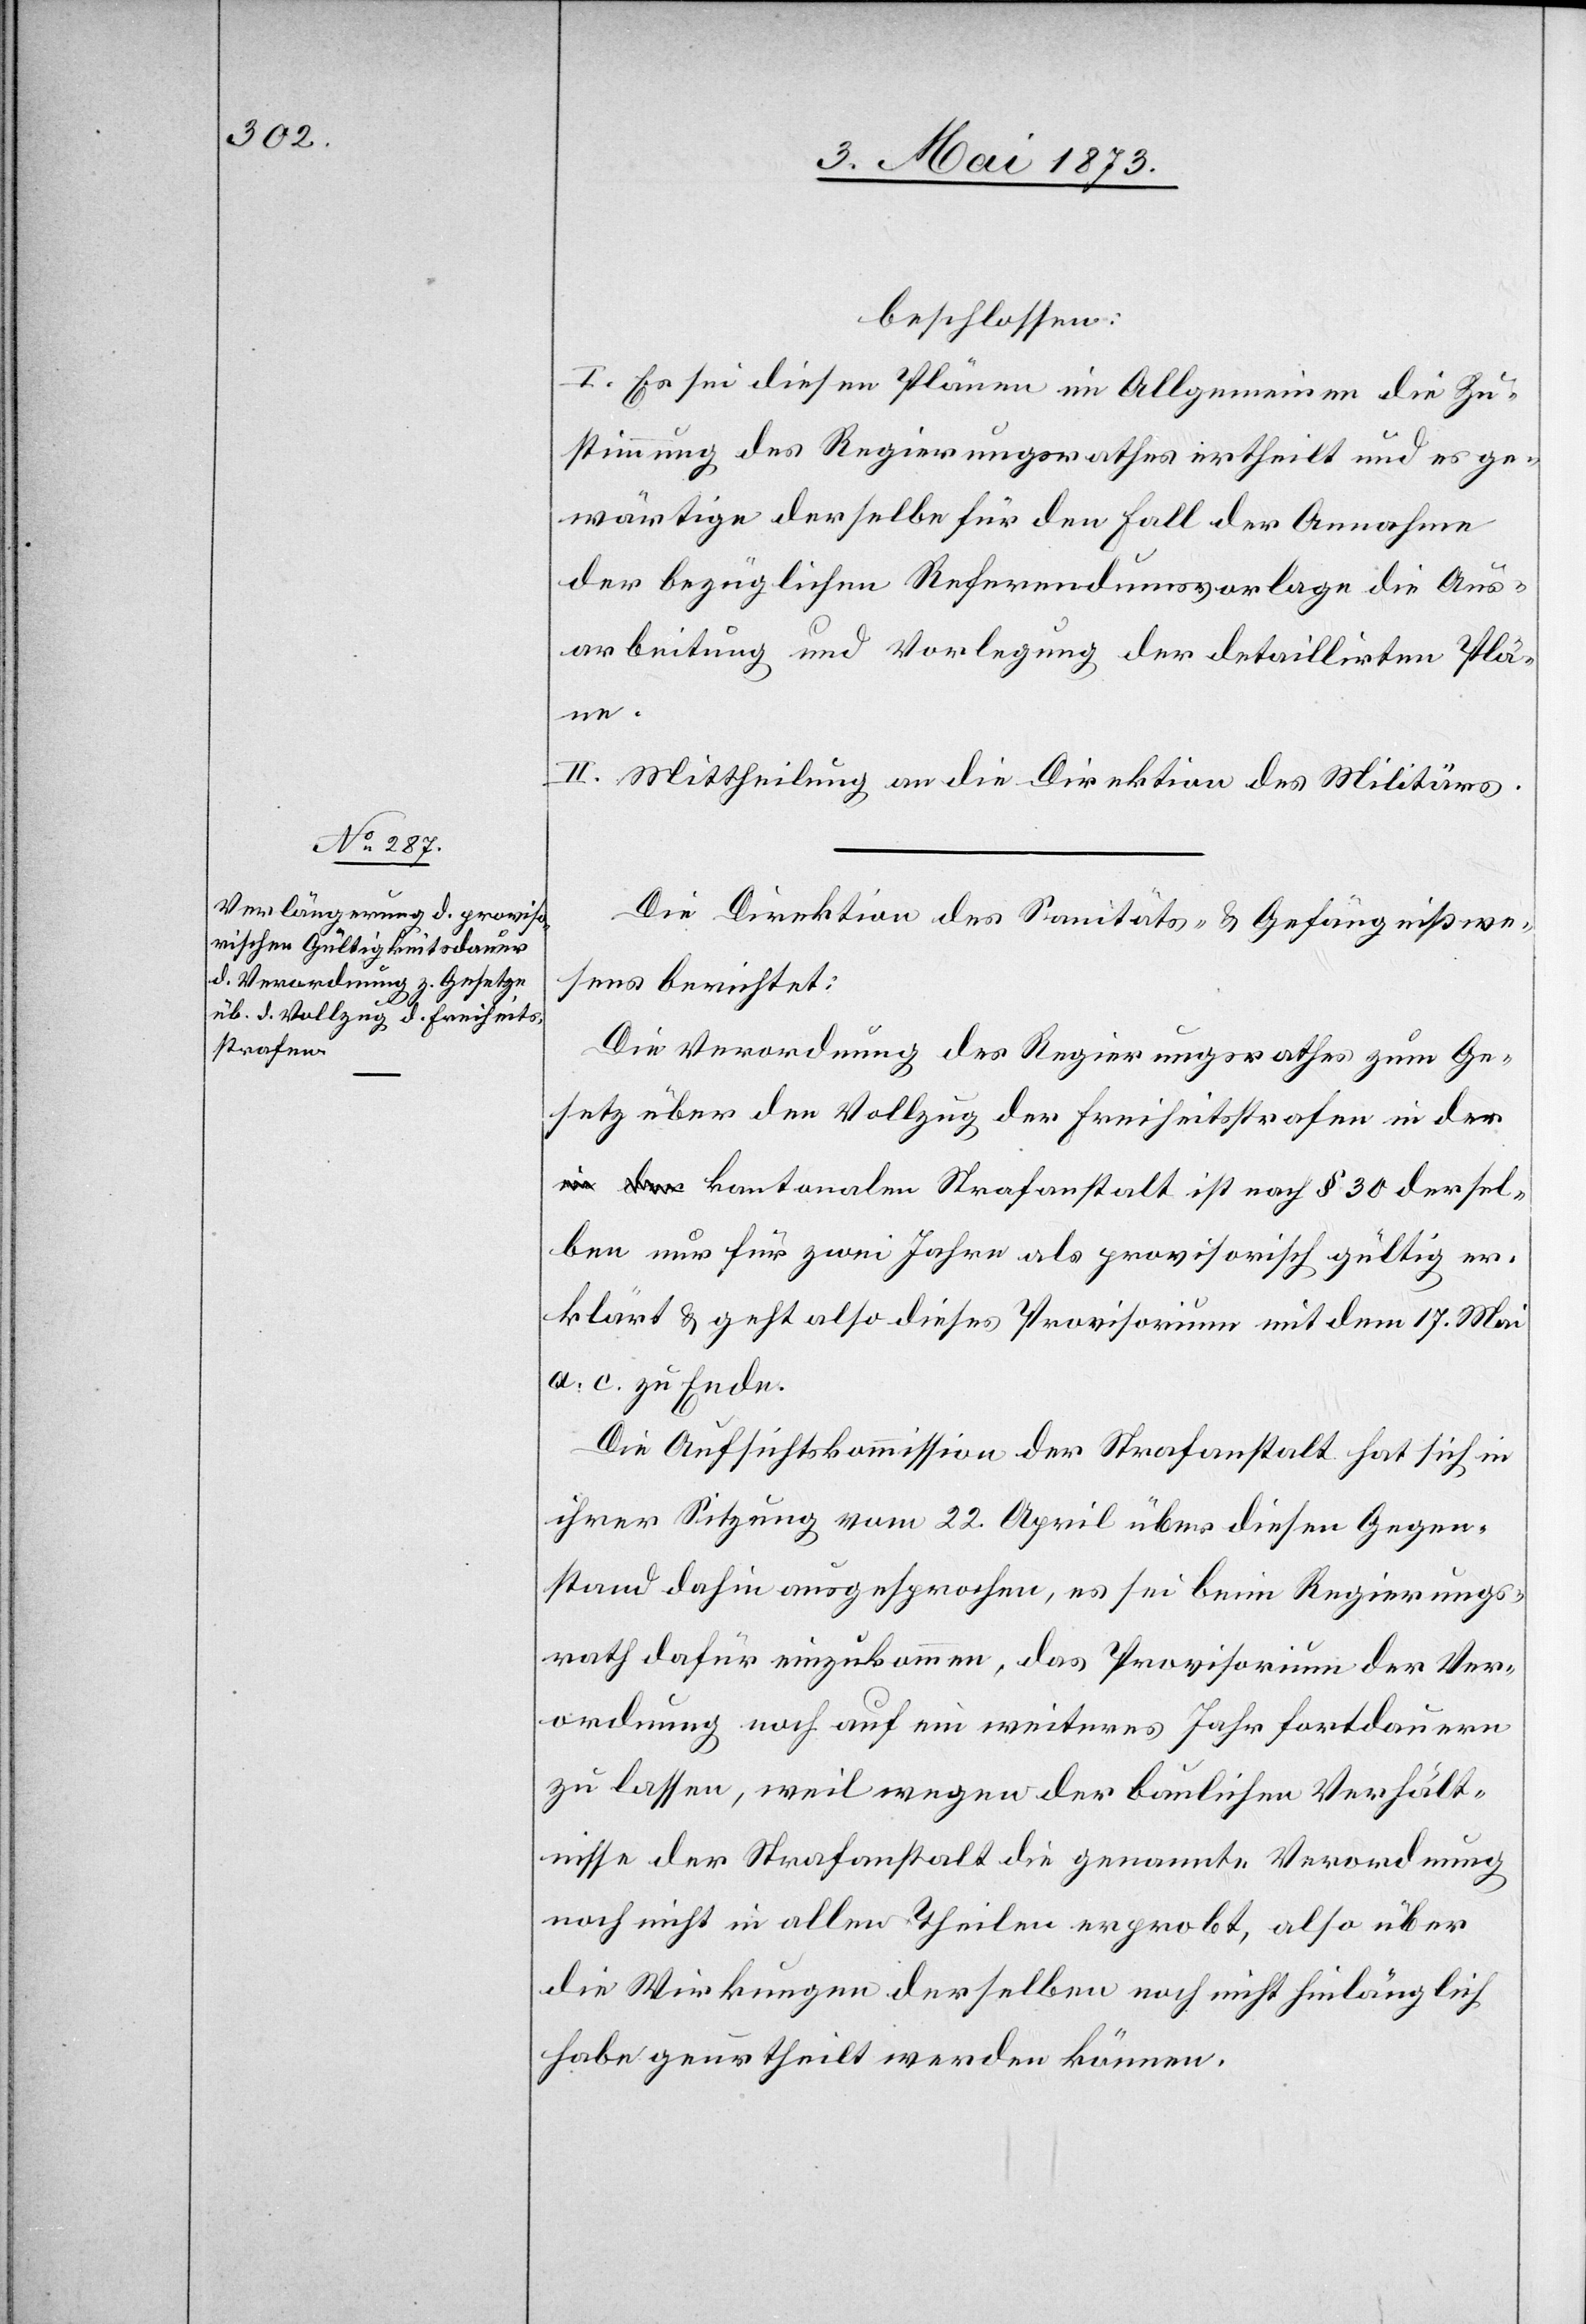
beschlossen:
I. Es sei diesen Plänen im Allgemeinen die Zu¬
stimmung des Regierungsrathes ertheilt und es ge¬
wärtige derselbe für den Fall der Annahme
der bezüglichen Referendumsvorlage die Aus¬
arbeitung und Vorlegung der detaillirten Plä¬
ne.
II. Mittheilung an die Direktion des Militärs.
Die Direktion des Santitäts- & Gefängnißwe¬
sens berichtet:
Die Verordnung des Regierungsrathes zum Ge¬
setz über den Vollzug der Freiheitsstrafen in der
kantonalen Strafanstalt ist nach § 30 dersel¬
ben nur für zwei Jahre als provisorisch gültig er¬
klärt & geht also dieses Provisorium mit dem 17. Mai
a. c. zu Ende.
Die Aufsichtskommission der Strafanstalt hat sich in
ihrer Sitzung vom 22. April über diesen Gegen¬
stand dahin ausgesprochen, es sei beim Regierungs¬
rath dafür einzukommen, das Provisorium der Ver¬
ordnung noch auf ein weiteres Jahr fortdauern
zu lassen, weil wegen der baulichen Verhält¬
nisse der Strafanstalt die genannte Verordnung
noch nicht in allen Theilen erprobt, also über
die Wirkungen derselben noch nicht hinlänglich
habe geurtheilt werden können.